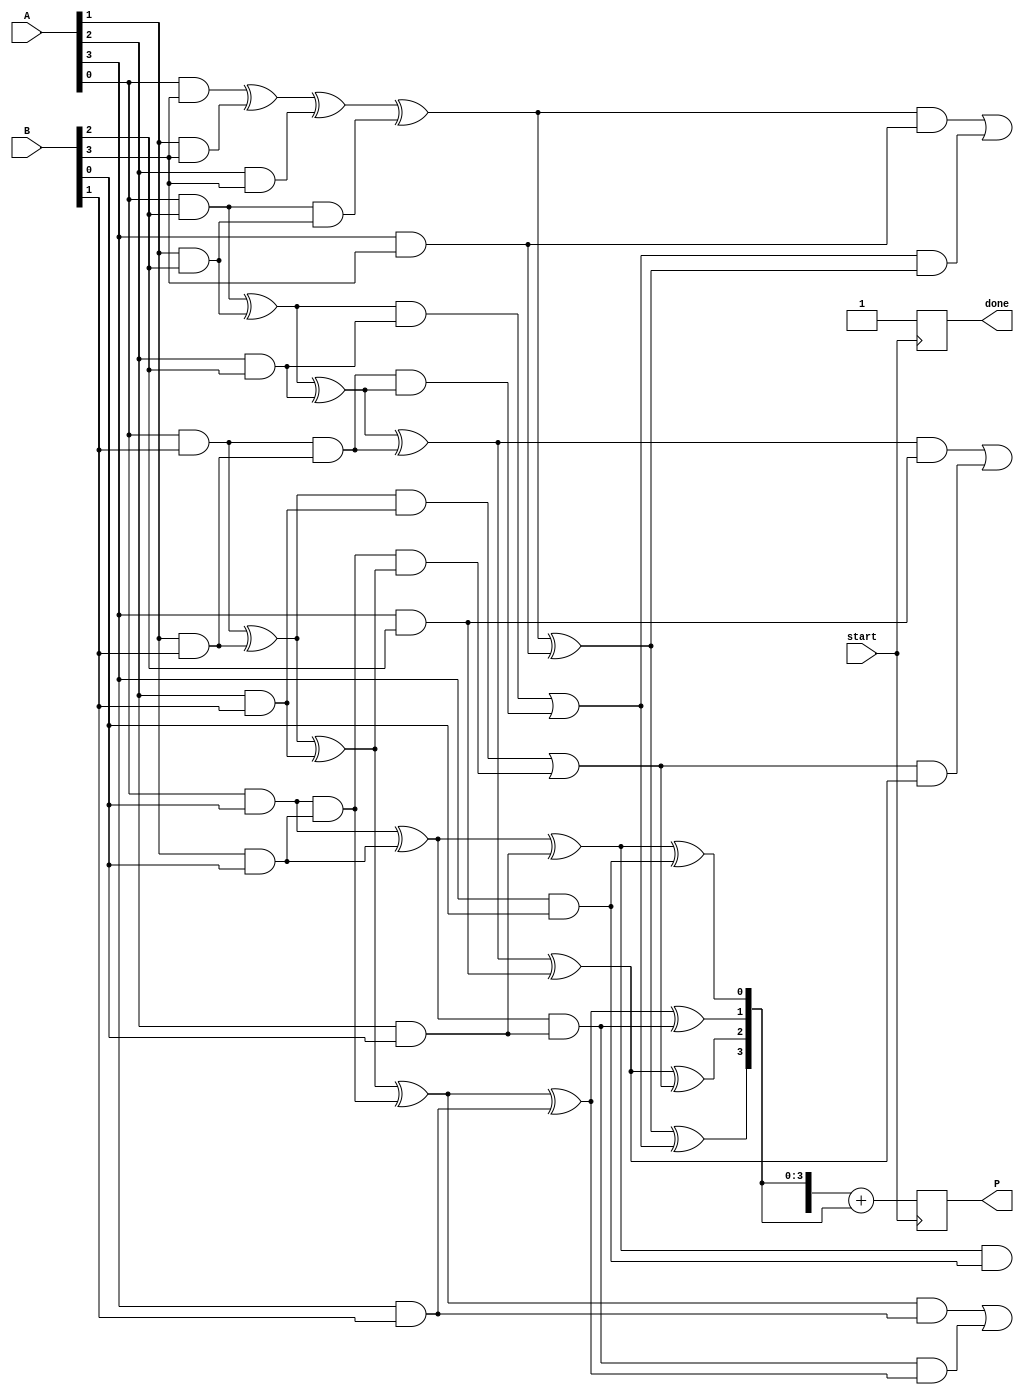
module async_wallace_tree_multiplier #(parameter N = 4) (
    input [N-1:0] A,
    input [N-1:0] B,
    output reg [2*N-1:0] P,
    input start,
    output reg done
);

// Partial product generation
wire [N-1:0] pp [0:N-1]; // Partial products
genvar i, j;
generate
    for (i = 0; i < N; i = i + 1) begin : pp_gen
        for (j = 0; j < N; j = j + 1) begin : pp_and
            assign pp[i][j] = A[i] & B[j];
        end
    end
endgenerate

// Wallace tree reduction
wire [N-1:0] sum [0:N-1]; // Sums for each level
wire [N-1:0] carry [0:N-1]; // Carries for each level

// Initial assignment for the first level of addition
assign sum[0] = pp[0];
assign carry[0] = 0;

// Full adder and half adder for Wallace tree
generate
    for (i = 0; i < N-1; i = i + 1) begin : wallace_tree
        // Half adders
        assign sum[i + 1][0] = sum[i][0] ^ pp[i + 1][0]; // Half adder
        assign carry[i + 1][0] = sum[i][0] & pp[i + 1][0];

        // Full adders
        genvar k;
        for (k = 1; k < N; k = k + 1) begin : full_adders
            wire a, b, c;
            assign a = sum[i][k];
            assign b = pp[i + 1][k];
            assign c = carry[i][k - 1];

            assign sum[i + 1][k] = a ^ b ^ c; // Sum output
            assign carry[i + 1][k] = (a & b) | (c & (a ^ b)); // Carry output
        end
    end
endgenerate

// Final addition stage
wire [2*N-1:0] final_sum;
wire [2*N-1:0] final_carry;

assign final_sum = {carry[N-1], sum[N-1]} + {1'b0, sum[N-1]}; // Final addition

// Output logic and control
always @(posedge start) begin
    P <= final_sum;
    done <= 1'b1; // Signal that multiplication is done
end

endmodule